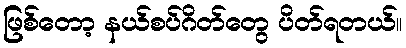
ဖြစ်တော့ နယ်စပ်ဂိတ်တွေ ပိတ်ရတယ်။